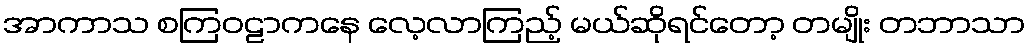
အာကာသ စကြဝဠာကနေ လေ့လာကြည့် မယ်ဆိုရင်တော့ တမျိုး တဘာသာ